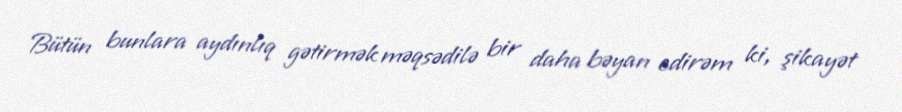
Bütün bunlara aydınlıq gətirmək məqsədilə bir daha bəyan edirəm ki, şikayət